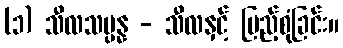
(၁) သီလသမ္ပန္န - သီလနှင့် ပြည့်စုံခြင်း။